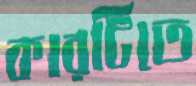
কারটিতে